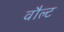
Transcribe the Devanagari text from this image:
वौल्ट